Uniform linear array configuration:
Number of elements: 64
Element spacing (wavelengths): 0.5
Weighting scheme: cosine
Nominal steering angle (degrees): -15
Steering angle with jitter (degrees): -13.973
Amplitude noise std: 0.05
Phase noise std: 0.05

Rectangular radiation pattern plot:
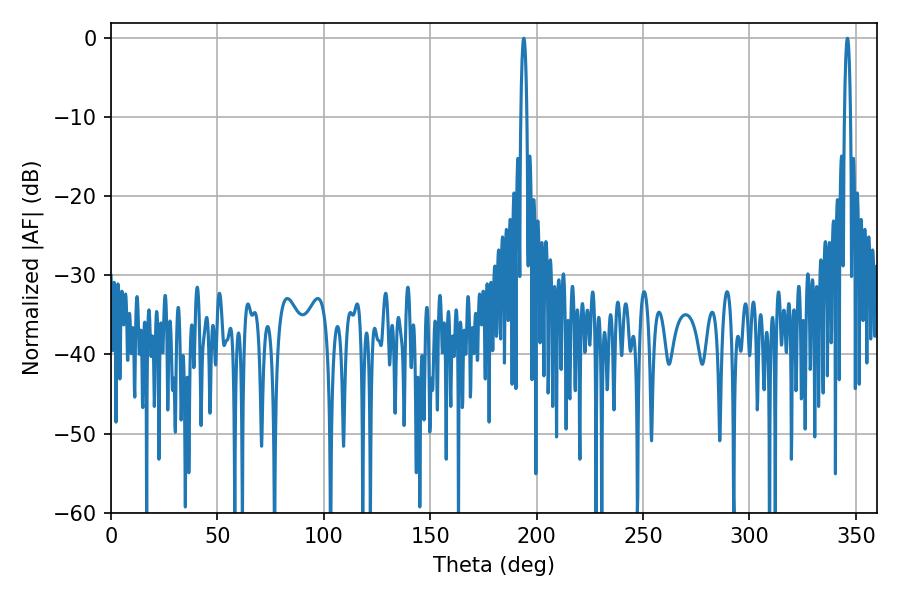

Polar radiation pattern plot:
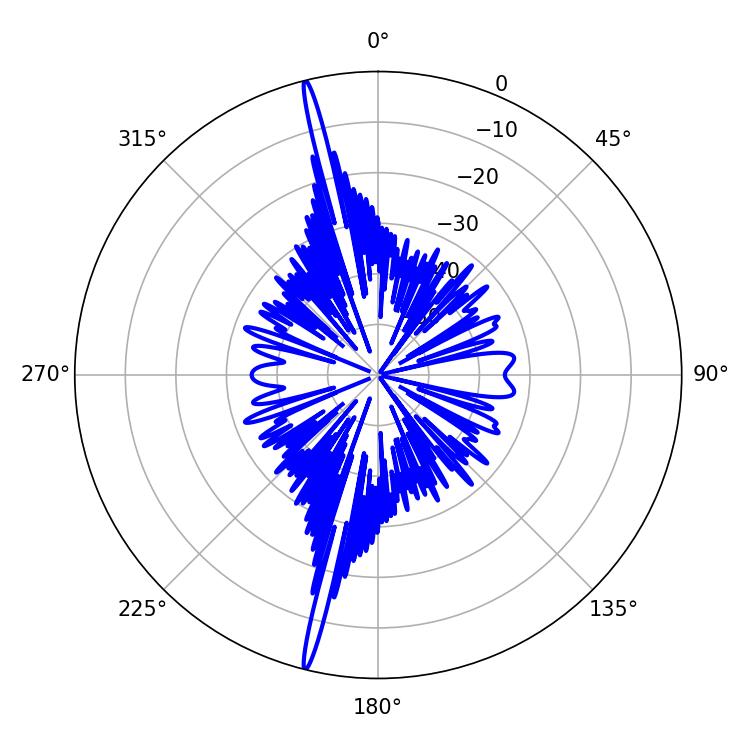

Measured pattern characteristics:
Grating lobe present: FALSE
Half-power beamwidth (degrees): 1.62
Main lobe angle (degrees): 345.96